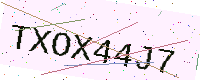
Text: TXOX44J7